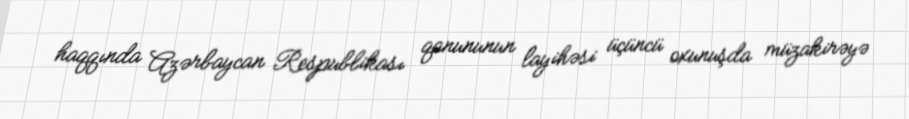
haqqında Azərbaycan Respublikası qanununun layihəsi üçüncü oxunuşda müzakirəyə